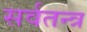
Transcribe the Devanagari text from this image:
सर्वतन्त्र